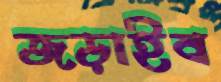
জড়াইব